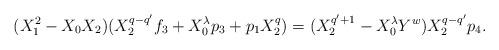
LaTeX: \begin{align*}(X_{1}^2-X_{0}X_{2})(X_{2}^{q-q'}f_{3}+X_{0}^{\lambda}p_{3}+p_{1}X_{2}^{q})=(X_{2}^{q'+1}-X_{0}^{\lambda}Y^{w})X_{2}^{q-q'}p_{4}.\end{align*}